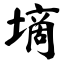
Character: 墑